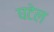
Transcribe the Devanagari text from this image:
घटेल